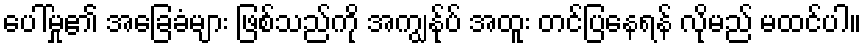
ပေါ်မှု၏ အခြေခံများ ဖြစ်သည်ကို အကျွန်ုပ် အထူး တင်ပြနေရန် လိုမည် မထင်ပါ။